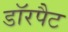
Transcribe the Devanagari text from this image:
डॉरपैट